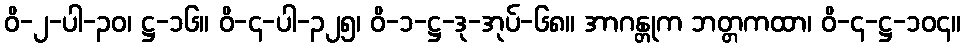
ဝိ-၂-ပါ-၃၀၊ ဋ္ဌ-၁၆။ ဝိ-၄-ပါ-၃၂၅၊ ဝိ-၁-ဋ္ဌ-ဒု-အုပ်-၆၈။ အာဂန္တုက ဘတ္တကထာ၊ ဝိ-၄-ဋ္ဌ-၁၀၄။